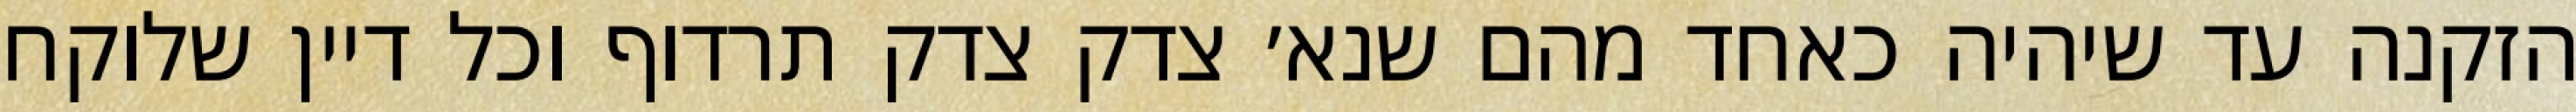
הזקנה עד שיהיה כאחד מהם שנא׳ צדק צדק תרדוף וכל דיין שלוקח